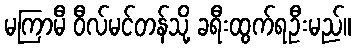
မကြာမီ ဝီလ်မင်တန်သို့ ခရီးထွက်ရဦးမည်။